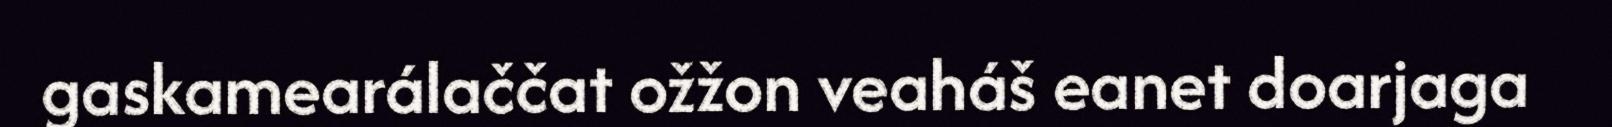
gaskamearálaččat ožžon veaháš eanet doarjaga